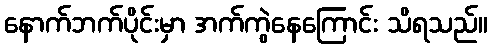
နောက်ဘက်ပိုင်းမှာ အက်ကွဲနေကြောင်း သိရသည်။